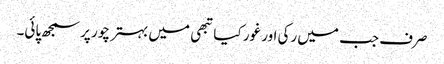
صرف جب میں رکی اور غور کیا تبھی میں بہتر چور پر سمجھ پائی۔